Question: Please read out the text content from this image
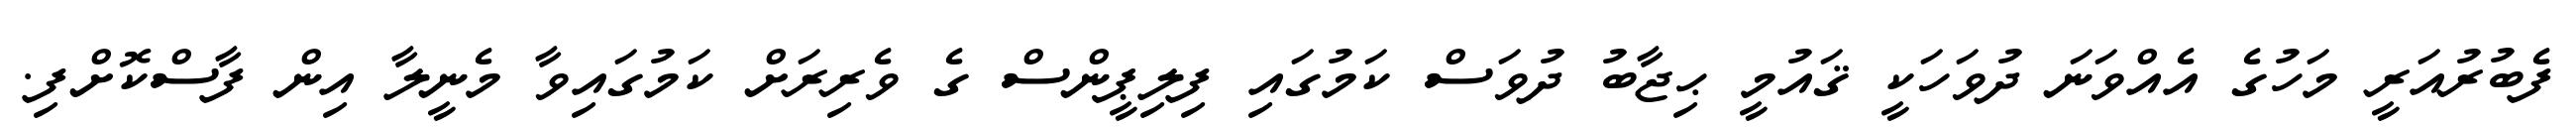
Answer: ފެބުރުއަރީ މަހުގެ އެއްވަނަ ދުވަހަކީ ޤައުމީ ޙިޖާބު ދުވަސް ކަމުގައި ފިލިޕީންސް ގެ ވެރިރަށް ކަމުގައިވާ މެނީލާ އިން ފާސްކޮށްފި.